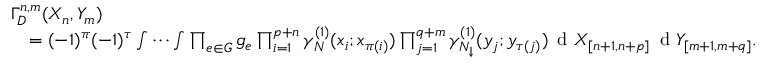
\begin{array} { r l } & { \Gamma _ { D } ^ { n , m } ( X _ { n } , Y _ { m } ) } \\ & { \quad = ( - 1 ) ^ { \pi } ( - 1 ) ^ { \tau } \idotsint \prod _ { e \in G } g _ { e } \prod _ { i = 1 } ^ { p + n } \gamma _ { N } ^ { ( 1 ) } ( x _ { i } ; x _ { \pi ( i ) } ) \prod _ { j = 1 } ^ { q + m } \gamma _ { { N _ { \downarrow } } } ^ { ( 1 ) } ( y _ { j } ; y _ { \tau ( j ) } ) \, \textnormal { d } X _ { [ n + 1 , n + p ] } \, \textnormal { d } Y _ { [ m + 1 , m + q ] } . } \end{array}